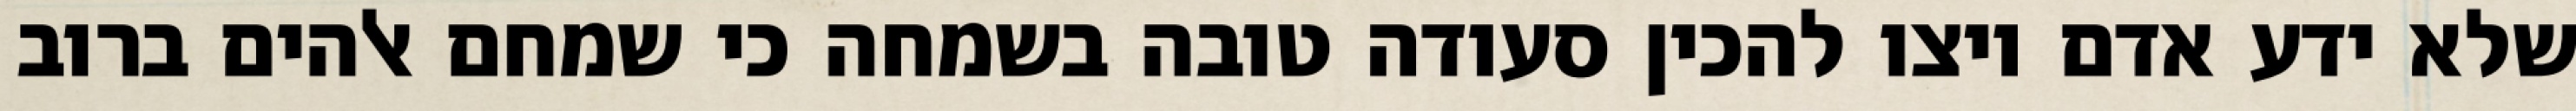
שלא ידע אדם ויצו להכין סעודה טובה בשמחה כי שמחם אלהים ברוב